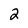
Character: 2